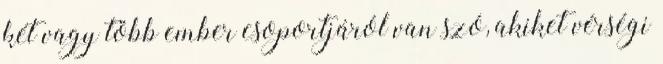
két vagy több ember csoportjáról van szó, akiket vérségi